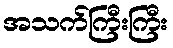
အသက်ကြီးကြီး